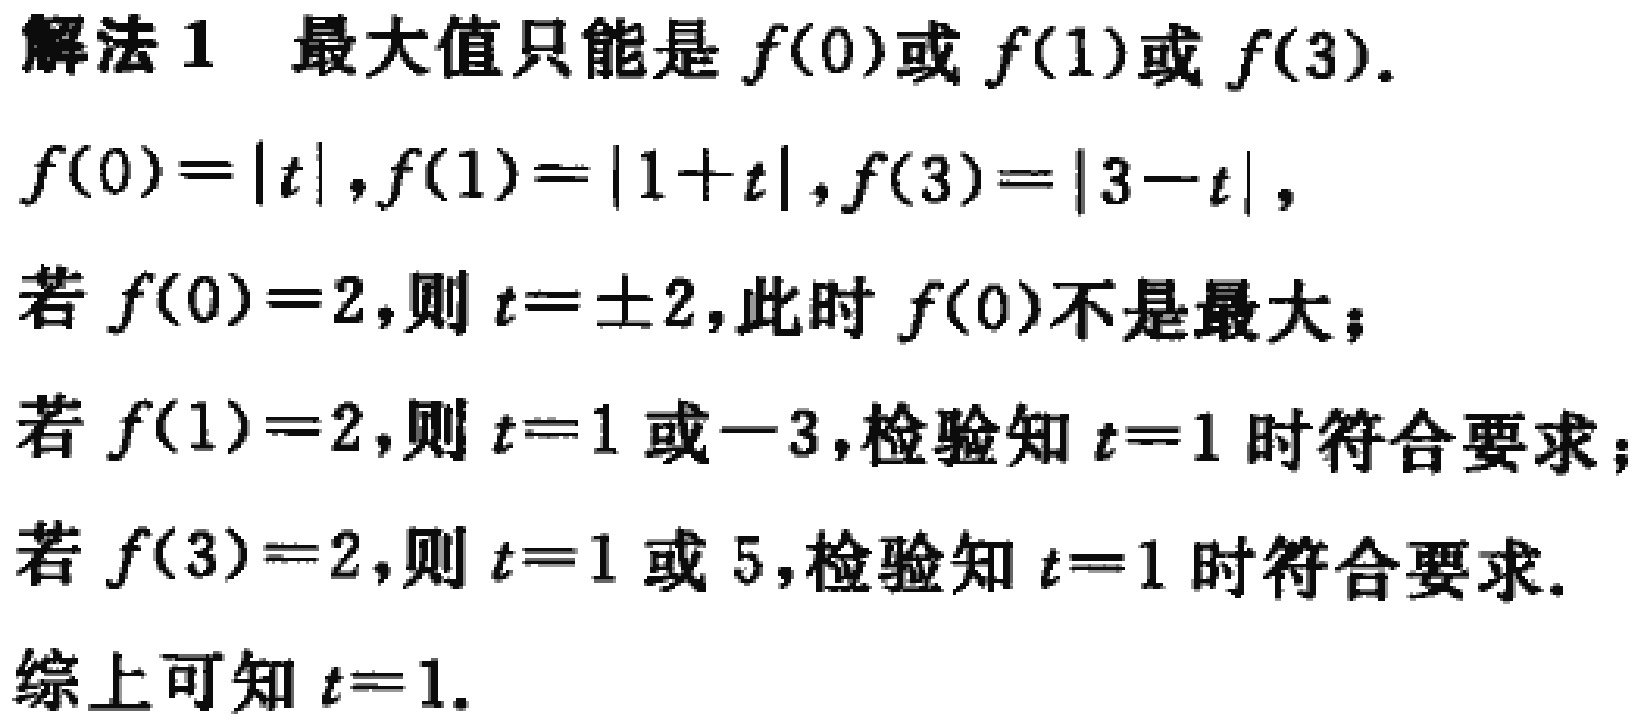
解法 1 最大值只能是 \(f(0)\)或 \(f(1)\)或 \(f(3)\).
\(f(0)=|t|\), \(f(1)=|1 + t|\), \(f(3)=|3 - t|\),
若 \(f(0)=2\),则 \(t = \pm 2\),此时 \(f(0)\)不是最大；
若 \(f(1)=2\),则 \(t = 1\)或\(-3\),检验知 \(t = 1\)时符合要求；
若 \(f(3)=2\),则 \(t = 1\)或 \(5\),检验知 \(t = 1\)时符合要求.
综上可知 \(t = 1\).